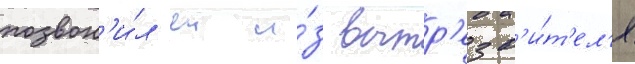
позвон'и́л еи и́з вытр'езв'и́т'ел'я